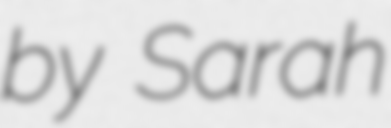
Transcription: by Sarah